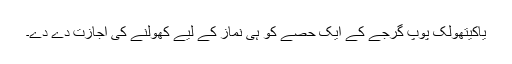
یاکیتھولک پوپ گرجے کے ایک حصے کو ہی نماز کے لیے کھولنے کی اجازت دے دے۔